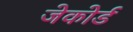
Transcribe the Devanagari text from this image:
जेकोर्ड